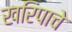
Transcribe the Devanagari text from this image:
खरिपाचे